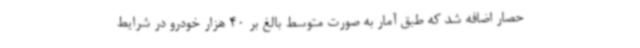
حصار اضافه شد که طبق آمار به صورت متوسط بالغ بر 40 هزار خودرو در شرایط